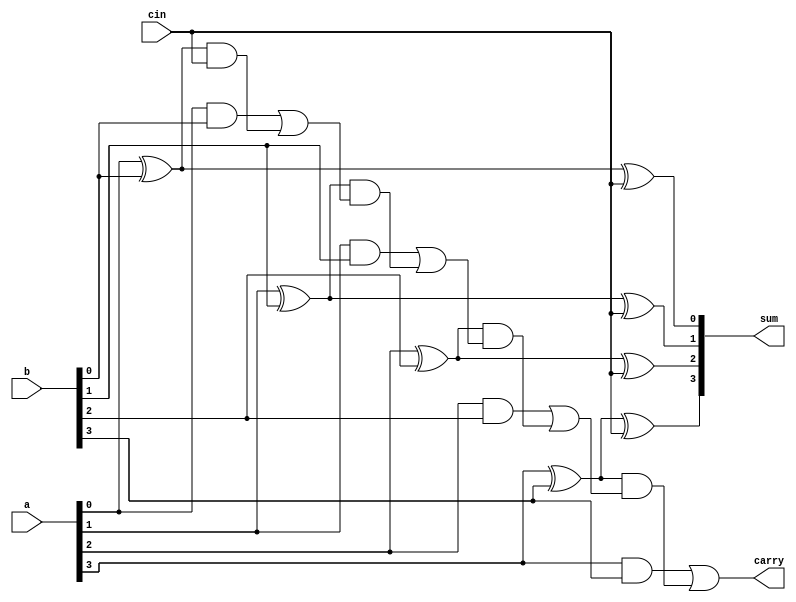
`timescale 1ns / 1ps
//////////////////////////////////////////////////////////////////////////////////
// Company: 
// Engineer: 
// 
// Design Name: 
// Module Name: FourBit_Adder
// Project Name: 
// Target Devices: 
// Tool Versions: 
// Description: 
// 
// Dependencies: 
// 
// Revision:
// Revision 0.01 - File Created
// Additional Comments:
// 
//////////////////////////////////////////////////////////////////////////////////


module FourBit_Adder(sum, carry, a, b, cin );
// defining input and output 
input [3:0] a, b;
input cin;
output [3:0] sum;
output carry;

// defining wires
wire  c1, c2, c3;

// logic designing for carry 

assign c1    = (a[0] & b[0] ) | {(a[0] ^ b[0]) & cin};
assign c2    = (a[1] & b[1] ) | {(a[1] ^ b[1]) & c1};
assign c3    = (a[2] & b[2] ) | {(a[2] ^ b[2]) & c2};
assign carry = (a[3] & b[3] ) | {(a[3] ^ b[3]) & c3};

//logic designing for sum
//sum = a +b+ cin

assign sum [0]= a[0] ^ b[0]^ cin;
assign sum [1]= a[1] ^ b[1]^ cin;
assign sum [2]= a[2] ^ b[2]^ cin;
assign sum [3]= a[3] ^ b[3]^ cin;

//end module 
endmodule